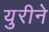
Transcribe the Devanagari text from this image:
युरीने